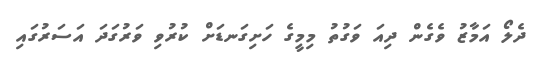
ދެލޯ އަމާޒު ވެގެން ދިއަ ވަގުތު މިމީގެ ހަށިގަނޑަށް ކުރުވި ވަރުގަދަ އަސަރުގައި